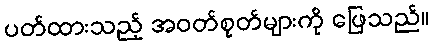
ပတ်ထားသည့် အဝတ်စုတ်များကို ဖြေသည်။